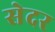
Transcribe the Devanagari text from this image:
सेदर